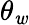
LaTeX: \theta_{\mathit{w}}